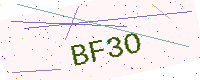
Text: BF3O